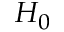
H _ { 0 }